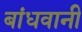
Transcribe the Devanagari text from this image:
बांधवानी